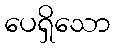
ပေရှိသော